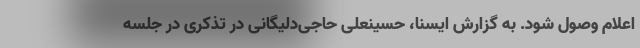
اعلام وصول شود. به گزارش ایسنا، حسینعلی حاجی‌دلیگانی در تذکری در جلسه